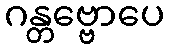
ဂန္တဗ္ဗောပေ